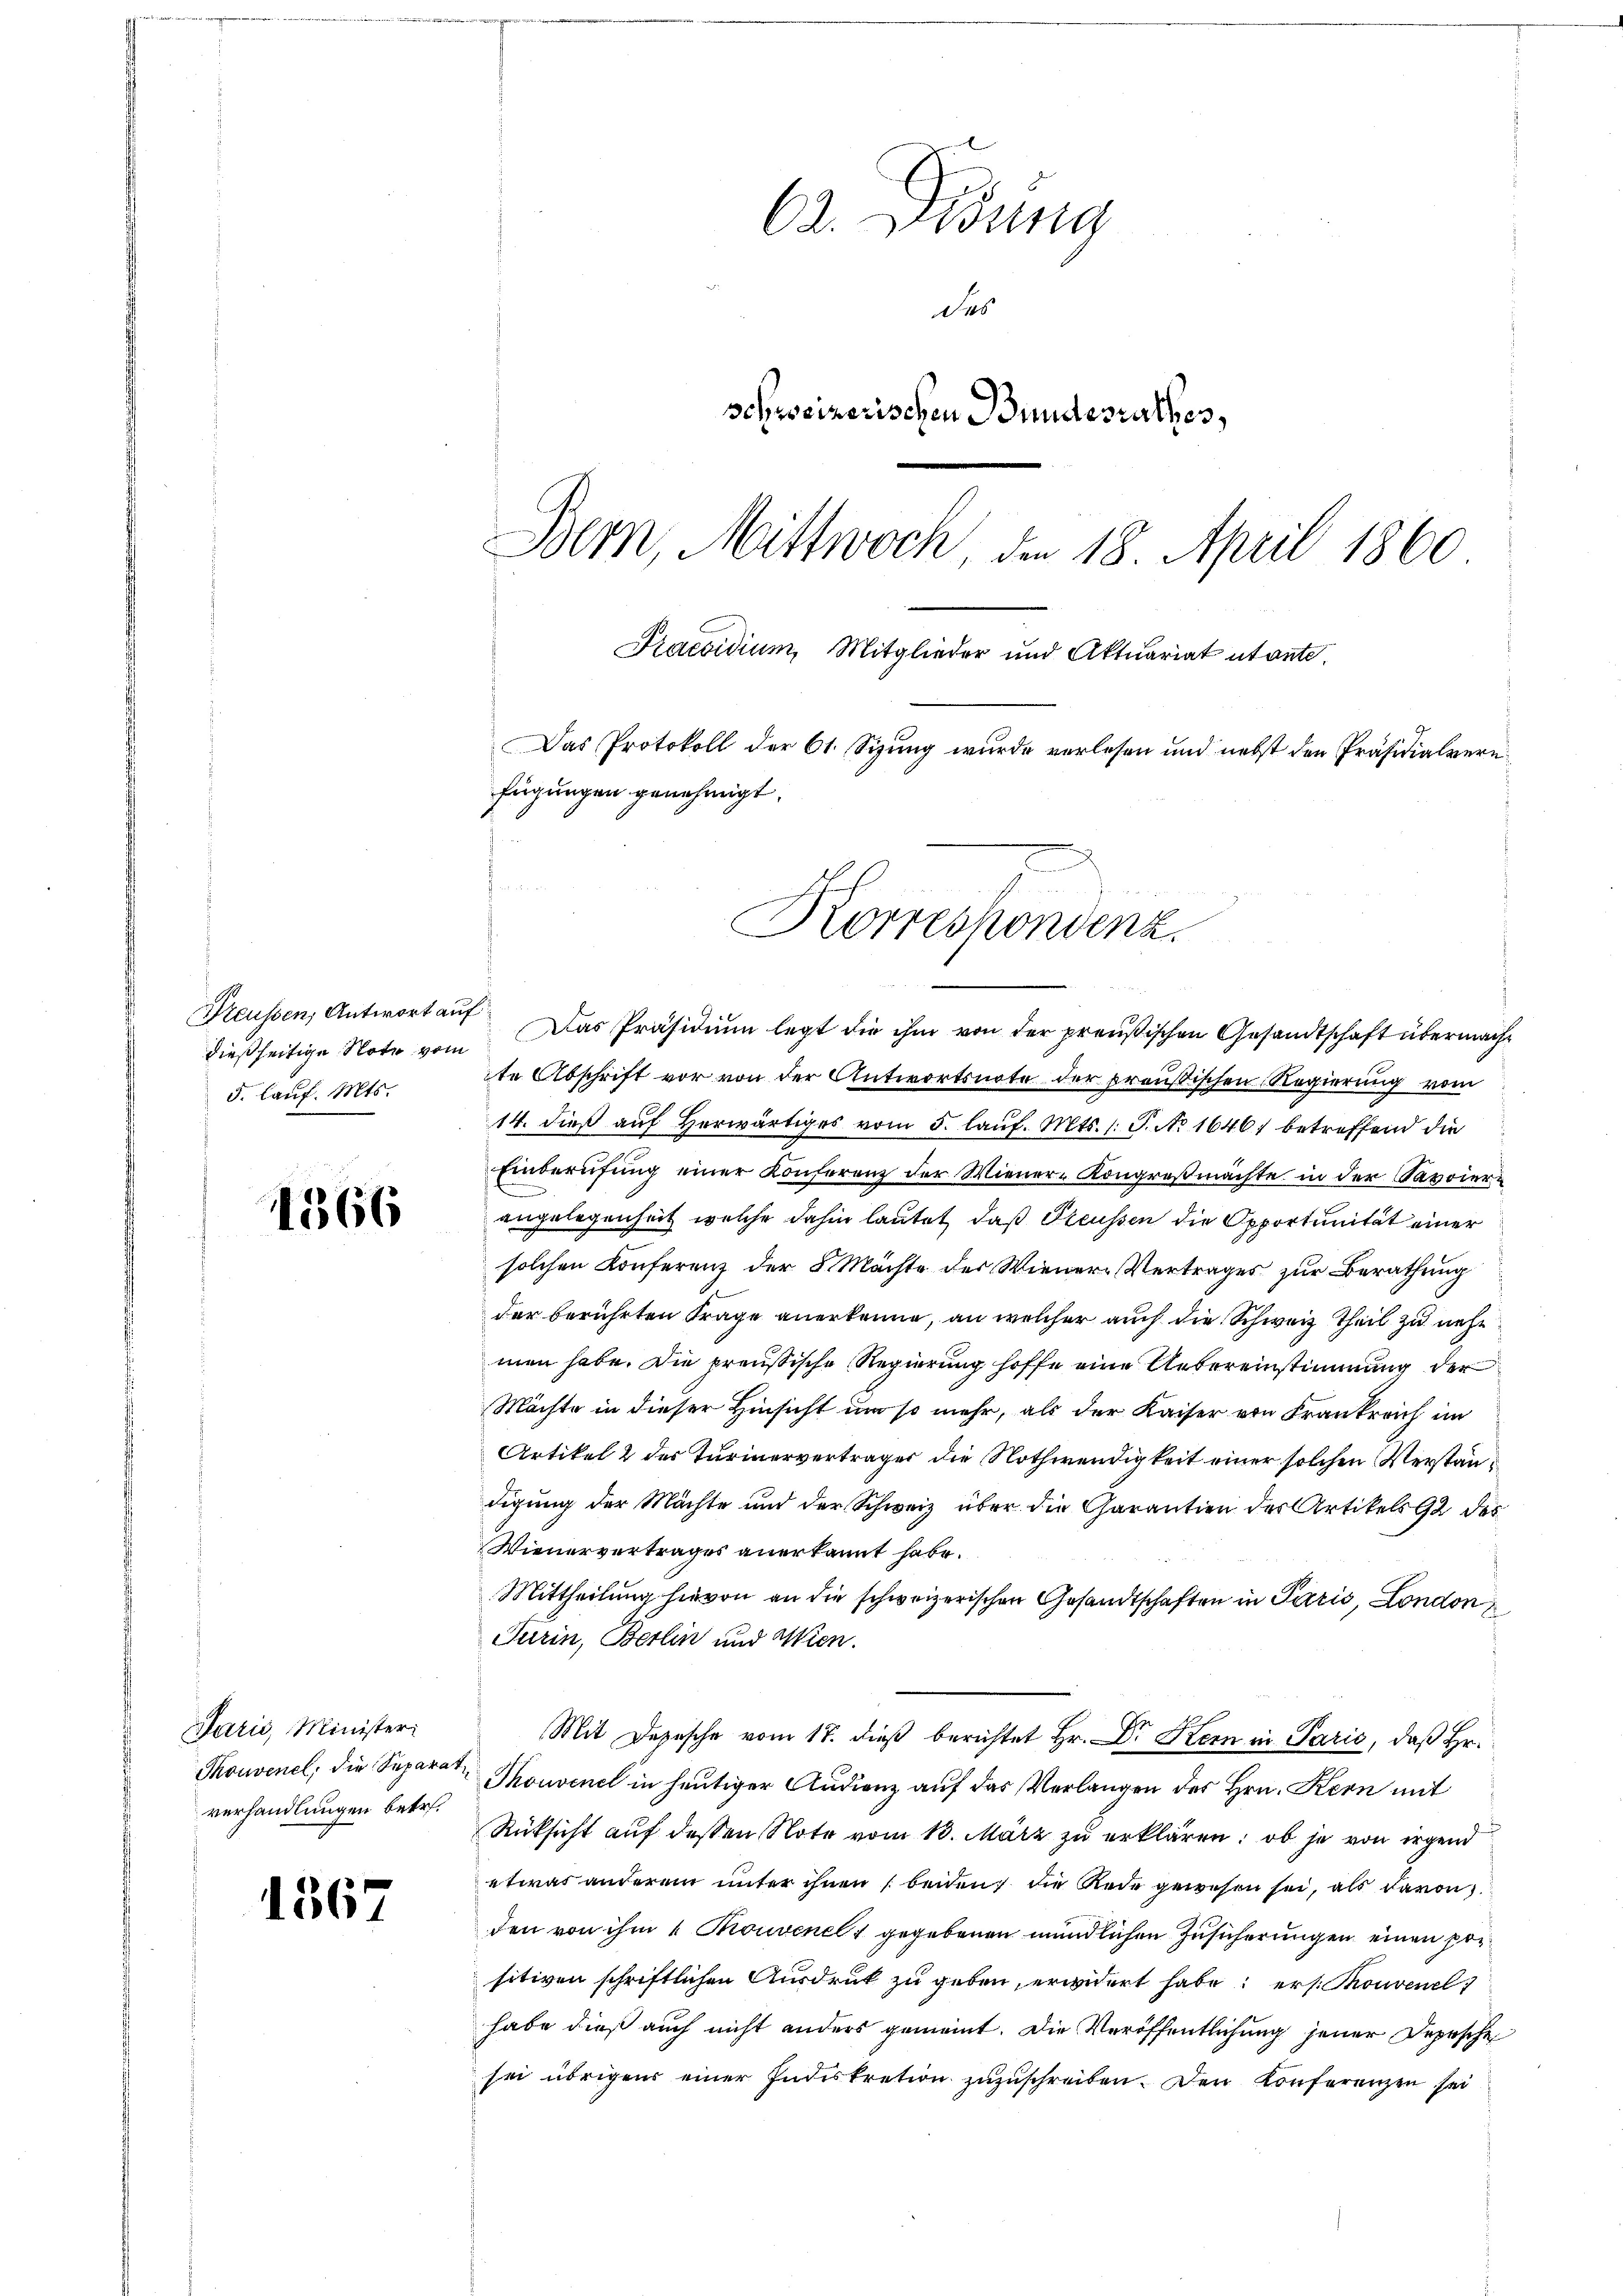
Preussen, Antwort auf
dießseitige Note vom
5. Lauf. Mts.

1366

Jarić, Minister:
Thouvenel, die Separat
verhandlungen betr.

1367

C Didung
das
schweizerischen Bundesrathes,
Bern Mittwoch, den 18. April 1860
Praesidium Mitglieder und Aktuariat utante.
Das Protokoll der 61. Sizung wurde verlesen und nebst den Präsidialvere
fügungen genehmigt.
i
Korrespondenz.

Das Präsidium legt die ihm von der preußischen Gesandtschaft übermacht
te Abschrift vor von der Antwortsnote der preußischen Regierung vom
14. dieß auf herwärtiges vom 5. laŭf. Mts. s. S. No 1646 betreffend die
Einberufung einer Konferenz der Wiener- Kongreßmächte in der Savoierangelegenheit welche dahin lautet, daß Steussen die Opportunität einer
solchen Konferenz der 8 Machte des Wiener-Vertrages zur Berathung
der berührten Frage anerkenne, an welcher auch die Schweiz Theil zu nehmen habe. Die preußische Regierung hoffe eine Uebereinstimmung der
Mächte in dieser Hinsicht um so mehr, als der Kaiser von Frankreich im
Artikel 2 des Turinervertrages die Nothwendigkeit einer solchen Verständigung der Mächte und der Schweiz über die Garantien des Artikels 92 des
Wienervertrages anerkannt habe.
Mittheilung hievon an die schweizerischen Gesandtschaften in Paris, London
Turin, Berlin und Wien.
Mit Depesche vom 17. dieß berichtet Hr. Dr Kern in Parić, daß Hr.
Thouvenel in heutiger Audienz auf das Verlangen des Hrn. Kern mit
Rüksicht auf dessen Note vom 13. März zu erklären: ob je von irgend
etwas anderem unter ihnen beiden, die Rede gewesen sei, als davon
den von ihm 1 Mouvenel gegebenen mündlichen Zusicherungen einen positiven schriftlichen Ausdruck zu geben, erwidert habe; er s. Thonvenel
habe dieß auch nicht anders gemeint. Die Veröffentlichung jener Depesche
sei übrigens einer Indiskretion zuzuschreiben. Den Konferenzen sei